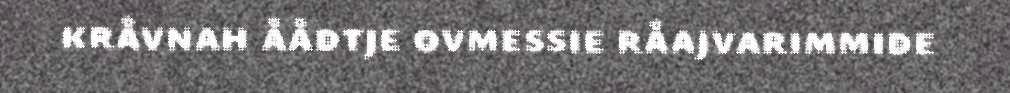
kråvnah åådtje ovmessie råajvarimmide